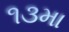
૧૩મા